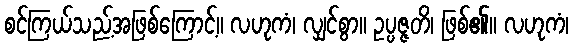
စင်ကြယ်သည့်အဖြစ်ကြောင့်။ လဟုကံ၊ လျှင်စွာ။ ဥပ္ပဇ္ဇတိ၊ ဖြစ်၏။ လဟုကံ၊